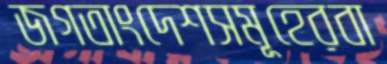
জগতাংদেশসমূহেরবা